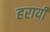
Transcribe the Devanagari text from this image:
हरायी